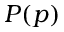
P ( p )